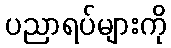
ပညာရပ်များကို